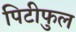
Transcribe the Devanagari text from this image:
पिटीफुल